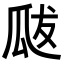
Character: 𭺘